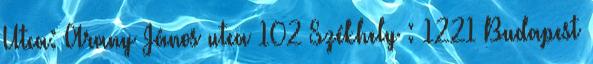
Utca: Arany János utca 102 Székhely : 1221 Budapest